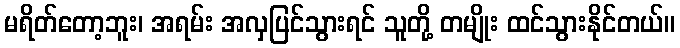
မရိတ်တော့ဘူး၊ အရမ်း အလှပြင်သွားရင် သူတို့ တမျိုး ထင်သွားနိုင်တယ်။